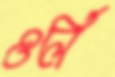
ওর্লি